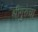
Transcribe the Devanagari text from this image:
श्रीगुरुंचा